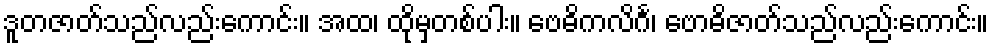
ဒူတဇာတ်သည်လည်းကောင်း။ အထ၊ ထိုမှတစ်ပါး။ ဗေဓိကလိင်္ဂ၊ ဗောဓိဇာတ်သည်လည်းကောင်း။